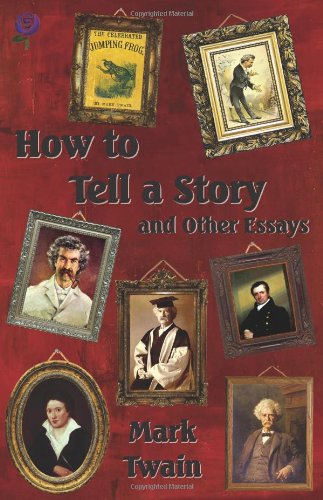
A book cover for How to Tell a Story and Other Essays; Mark Twain; Humor & Entertainment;